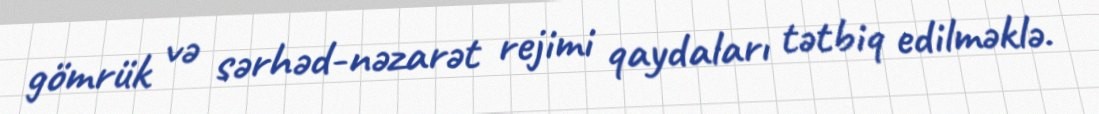
gömrük və sərhəd-nəzarət rejimi qaydaları tətbiq edilməklə.